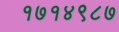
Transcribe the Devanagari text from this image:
१७१४९८७